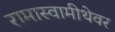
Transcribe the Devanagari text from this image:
रामास्वामीथेवर